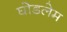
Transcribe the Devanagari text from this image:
घोडलेम